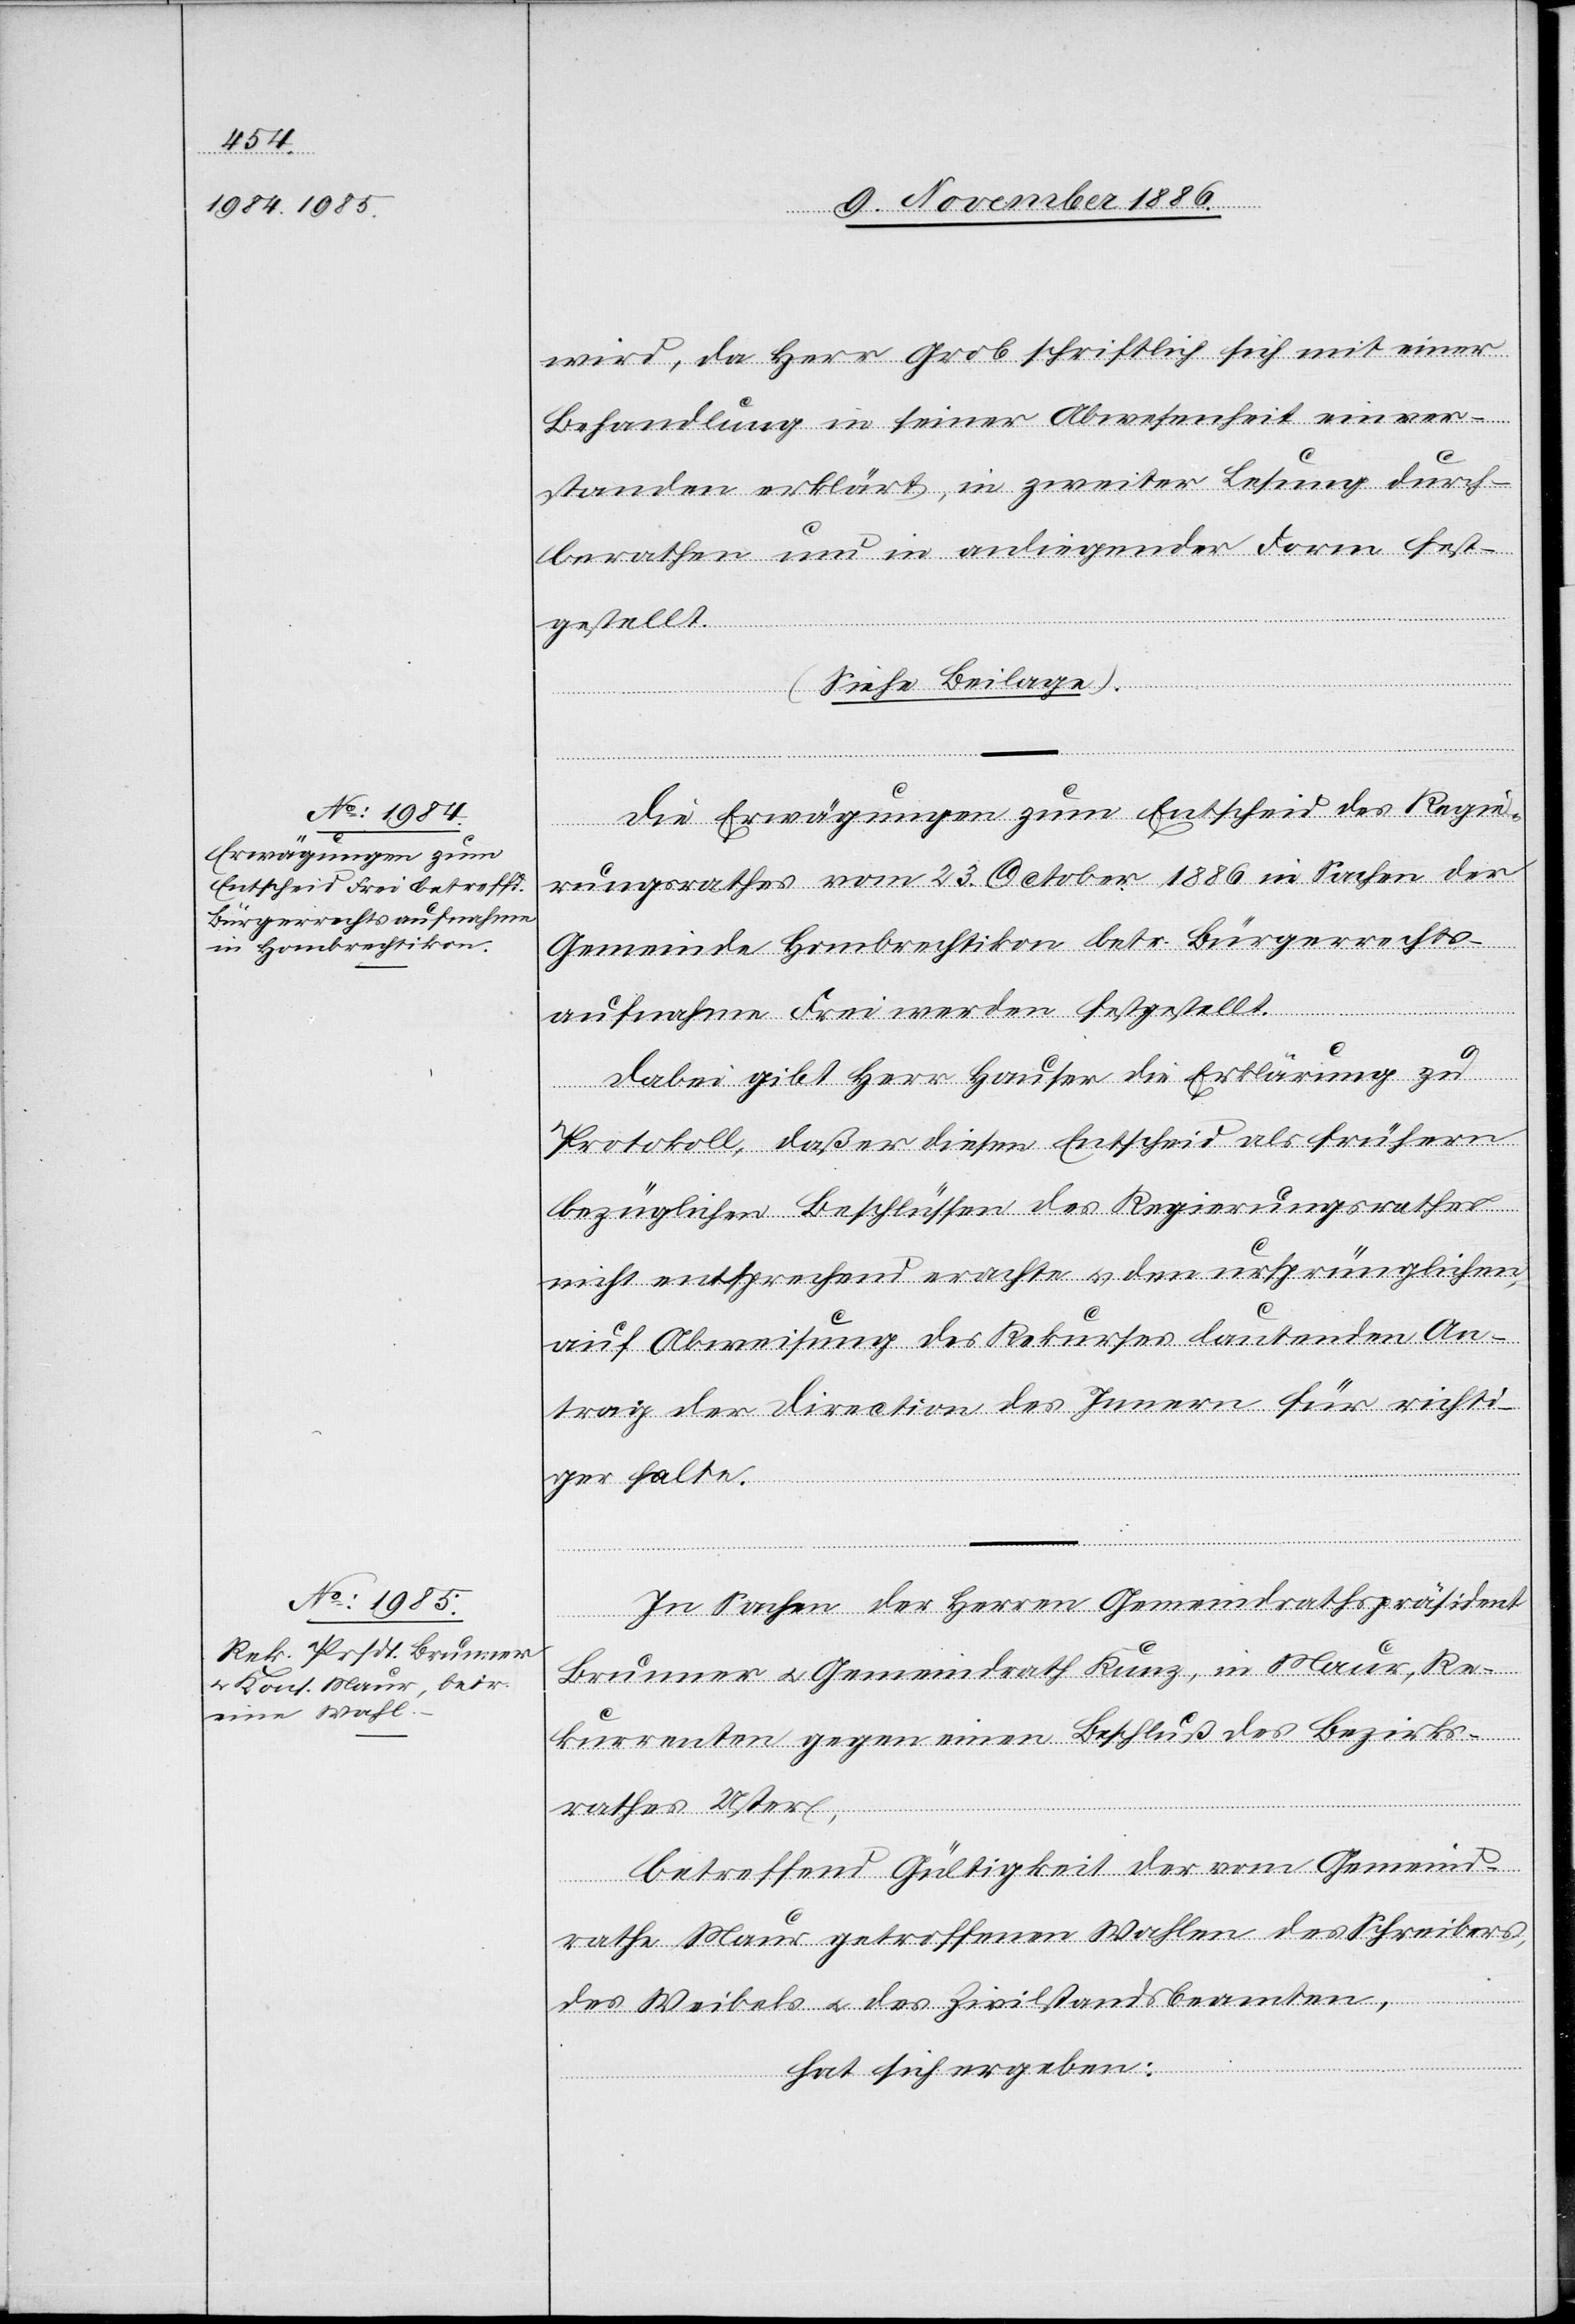
wird, da Herr Grob schriftlich sich mit einer
Behandlung in seiner Abwesenheit einver¬
standen erklärt, in zweiter Lesung durch¬
berathen und in anliegender Form fest¬
gestellt.
(Siehe Beilage).
Die Erwägungen zum Entscheid des Regie¬
rungsrathes vom 23. October 1886 in Sachen der
Gemeinde Hombrechtikon betr. Bürgerrechts¬
aufnahme Frei werden festgestellt.
Dabei gibt Herr Hauser die Erklärung zu
Protokoll, daß er diesen Entscheid als frühern
bezüglichen Beschlüssen des Regierungsrathes
nicht entsprechend erachte & den ursprünglichen,
auf Abweisung des Rekurses lautenden An¬
trag der Direction des Innern für richti¬
ger halte.
In Sachen der Herren Gemeindrathspräsident
Brunner & Gemeindrath Kunz, in Maur, Re¬
kurrenten gegen einen Beschluß des Bezirks¬
rathes Uster,
betreffend Gültigkeit der vom Gemeind¬
rathe Maur getroffenen Wahlen des Schreibers,
des Weibels & des Zivilstandsbeamten,
hat sich ergeben: